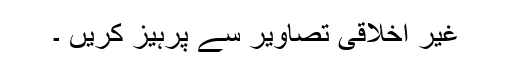
غیر اخلاقی تصاویر سے پرہیز کریں ۔